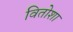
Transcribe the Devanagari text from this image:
वितोशा